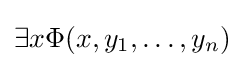
\exists x\Phi (x,y_{1},\ldots ,y_{n})